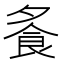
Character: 𩚏